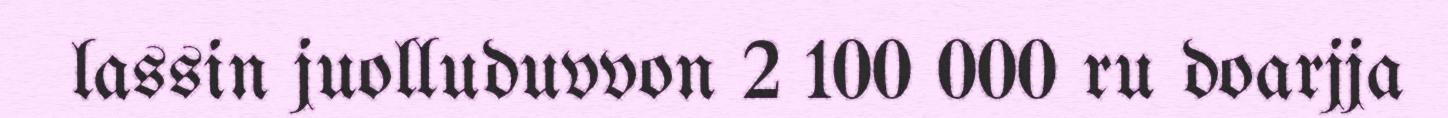
lassin juolluduvvon 2 100 000 ru doarjja